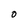
Character: 0